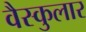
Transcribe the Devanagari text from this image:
वैस्कुलार